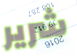
شرير